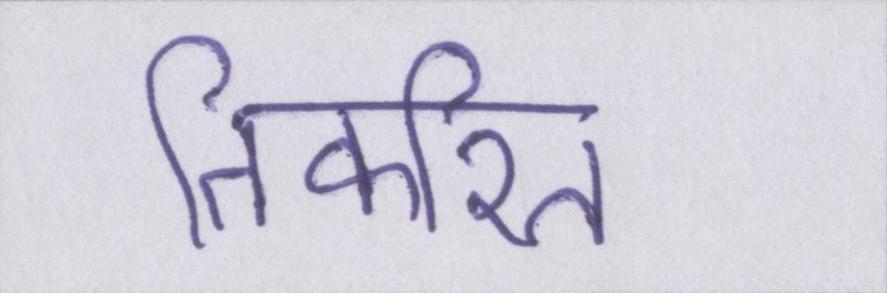
तिकरित